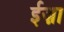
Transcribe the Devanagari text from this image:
ईज़ा